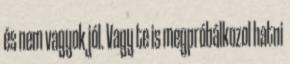
és nem vagyok jól. Vagy te is megpróbálkozol hatni